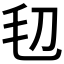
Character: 𣬞